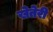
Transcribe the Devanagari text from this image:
खेतेरी